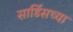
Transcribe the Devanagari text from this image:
सार्डिसच्या